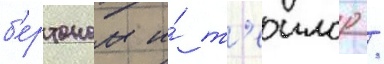
б'ертоном и́ т'еилор /